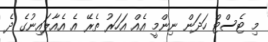
މި ޓެސްޓް ހަދަން ނިންމީ އެއް އަހަރު ތެރޭ އެ އެއާލައިނުގެ ދެ